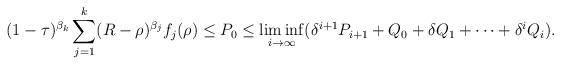
LaTeX: \begin{align*}(1-\tau)^{\beta_k}\sum_{j=1}^k (R-\rho)^{\beta_j} f_j(\rho) \leq P_0 \leq \liminf_{i\to\infty} (\delta^{i+1} P_{i+1} + Q_0 + \delta Q_1 + \cdots + \delta^{i}Q_{i}).\end{align*}